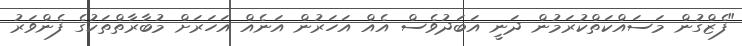
"ފެޒްގުން މަސައްކަތްކުރަމުން ދަނީ އަބަދުވެސް އެއް އަހަރުން އަނެއް އަހަރަށް މުބާރާތްތަކުގެ ފެންވަރު